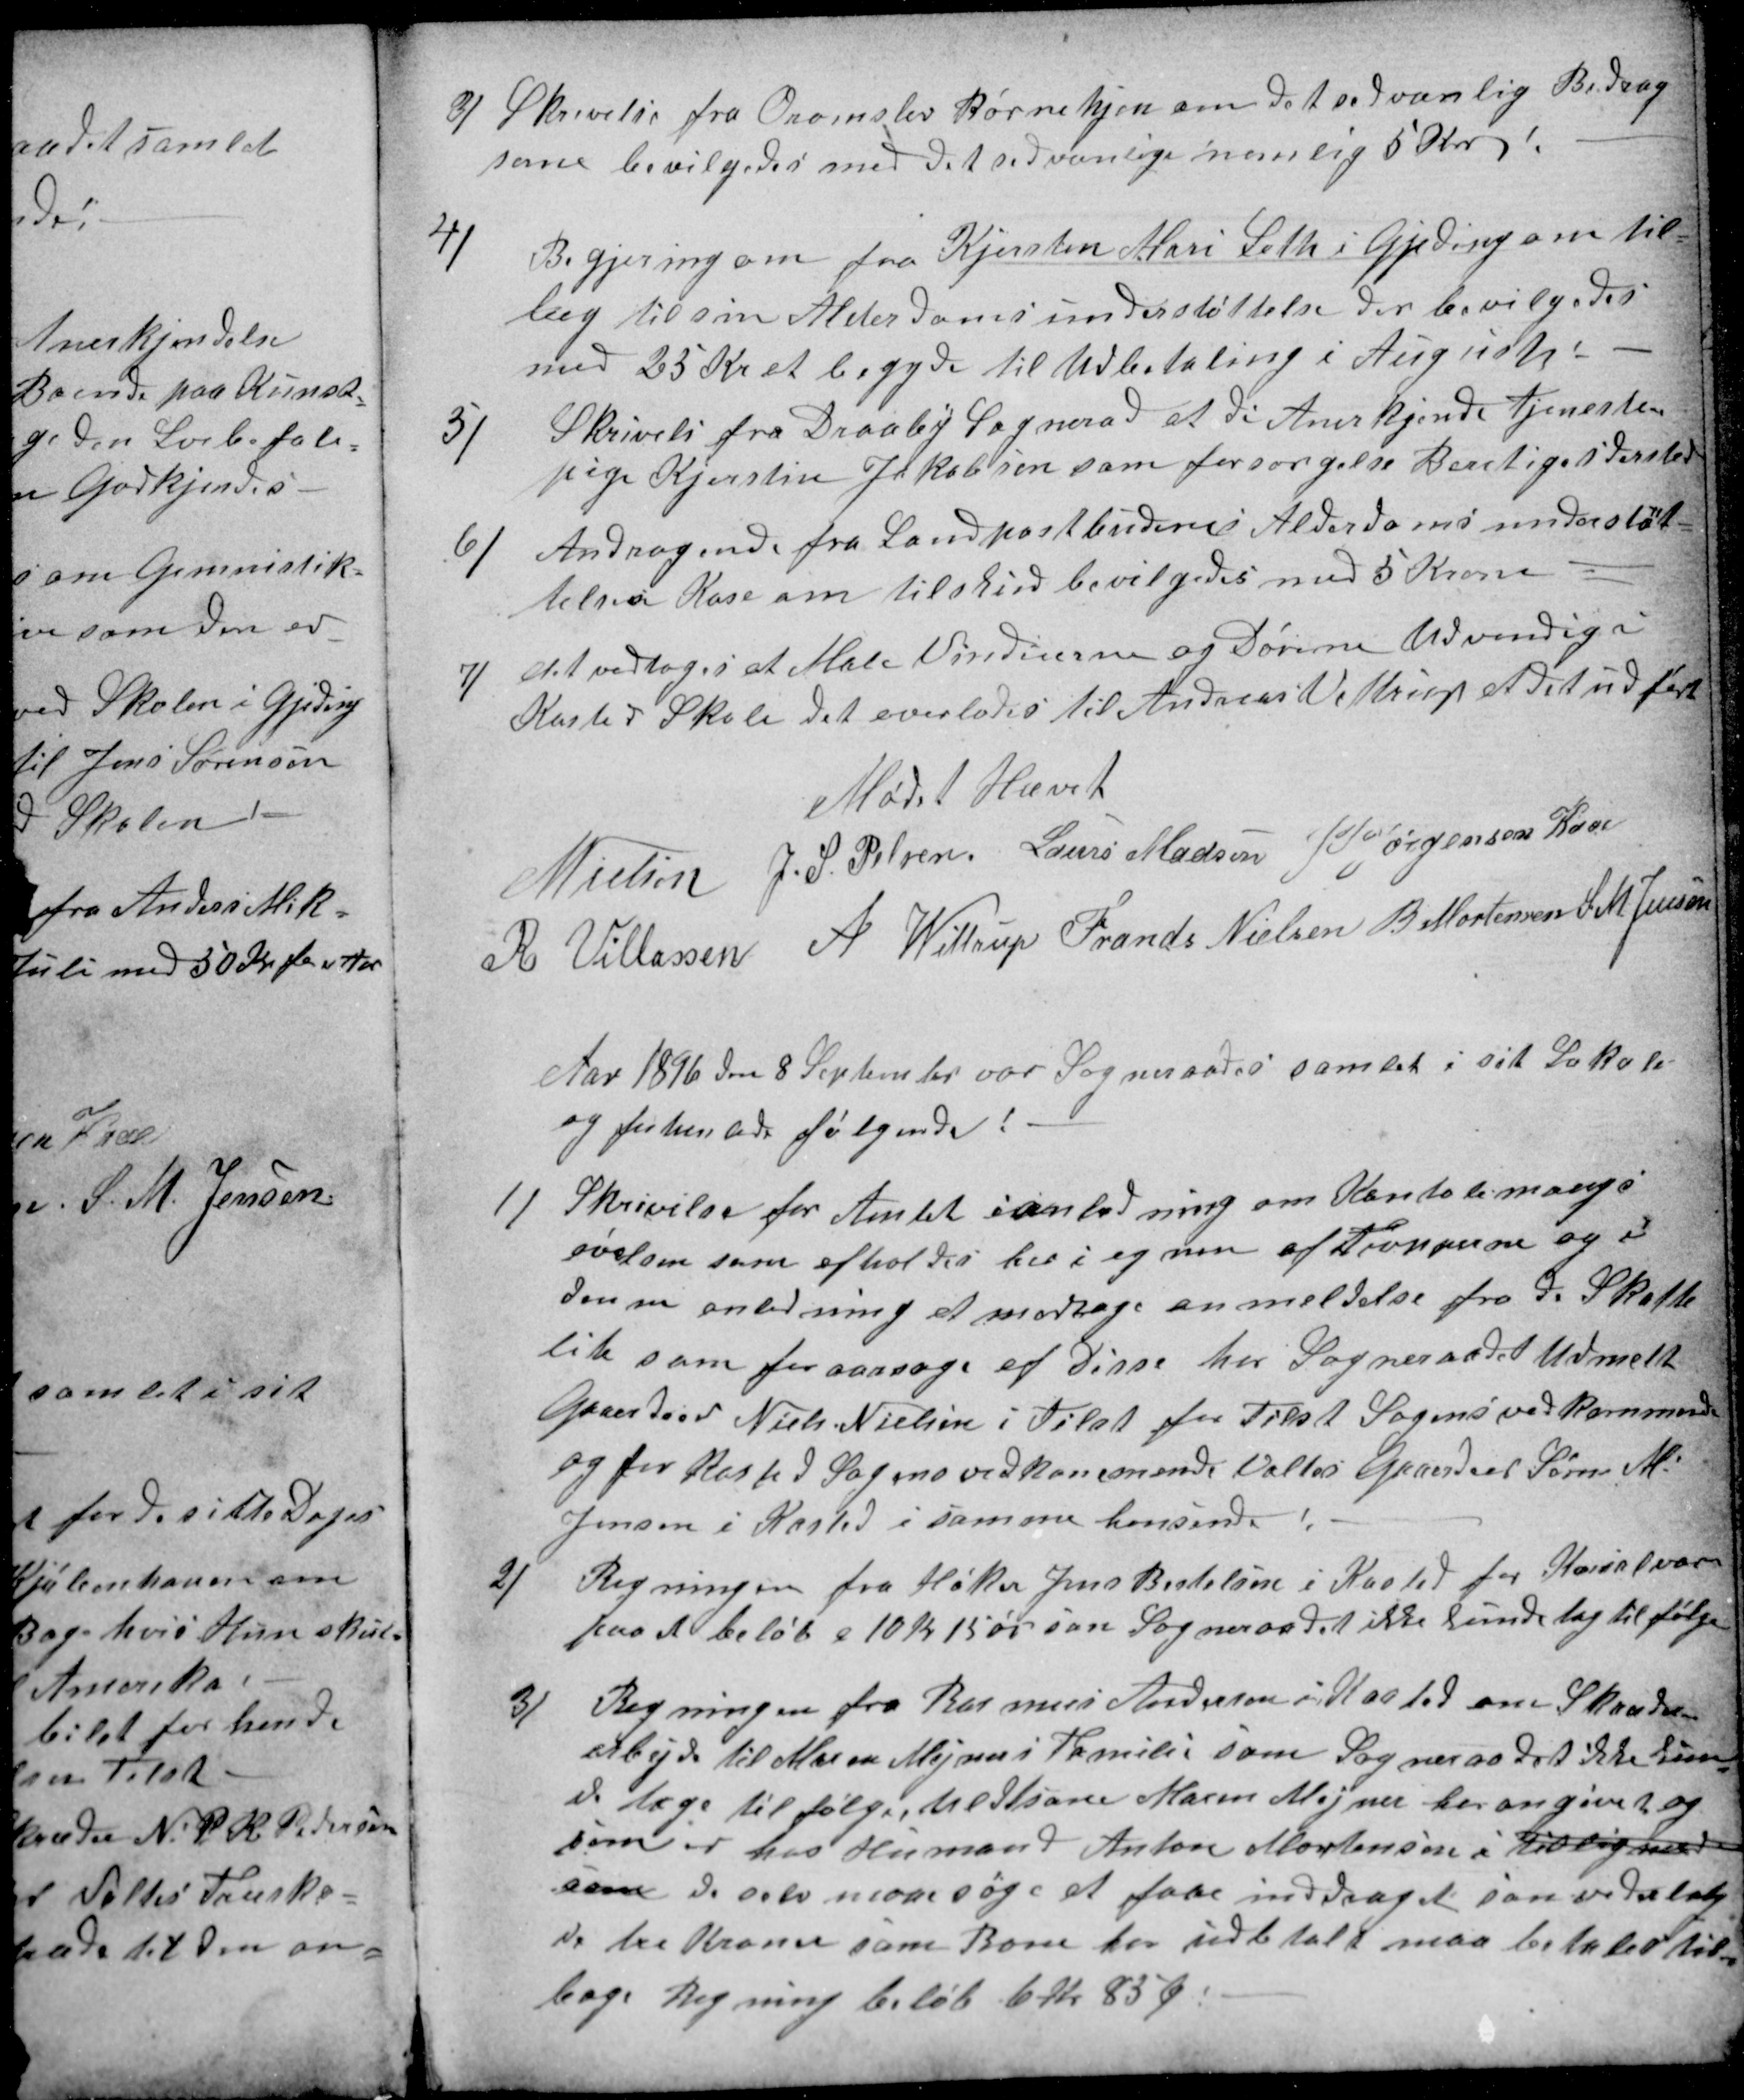
Transskription:
3)
Skrivelse fra Ormslev Børnehjem om det sedvanlig Bidrag
som bevilgedes med det sedvanlige nemlig 5 Kr!
4)
Begjering om fra Kjersten Mari Leth i Gjeding om til=
læg til sin Alderdomsunderstøttelse der bevilgedes
med 25 Kr at begyde til Udbetaling i August
5)
Skrivelse fra Draaby Sogneraad at di Anerkjende tjeneste-
pige Kjerstin Jakobsen som forsørgelse Beretiget dersted
6)
Andragende fra Landpostbudenes Alderdomsunderstøt=
tilses Kase om tilskud bevilgedes med 5 Krone
7)
det vedtoges at Male Vinduerne og Dørene Udvendig i
Kasted Skole det overlodes til Andreas Vittrup at det udført
Mødet Hævet
N Nielsen
J. S. Pelsen
Laurs Madsen
J PJørgensen Kaae
R Villassen
A Wittrup
Frands Nielsen
B Mortensen
S. M. Jensen
Aar 1896 den 8 September var Sogneraades samlet i sit Lokale
og forhanlede følgende !
1)
Skrivelse for Amtet i anledning om Kontobemangs
øvelsen som afholdes her i egnen af Tropperne og i
denne anledning at modtage anmeldelse fra de Skadte
lite som foraarsage af Disse har Sogneraads Udmelt
Gaardeier Niels Nielsen i Tilst for Tilst Sogens vedkommende
og for Kasted Sogens vedkommende Valtes Gaardeier Søren M
Jensen i Kasted i samme hensende!
2)
Regningen fra Høker Jens Bertelsen i Kasted for Kørsel var
paa et beløb a 10 Kr 15 øre som Sogneraadet ikke kunde tag til følge
3)
Regningen fra Rasmus Andersen i Kasted om Skræder
arbejde til Maren Mejsners Familie som Sogneraadet ikke kun
de tage til følge, seltsame Maren Mejner har angivet og
som er hos Husmand Anton Mortensen i tidlig med
som de selv maae søge at faae inddraget som vederlag
de tre Kroner som Bone for udbetalt maa betales til=
bage Regning beløb 6 Kr 85 Ø.